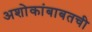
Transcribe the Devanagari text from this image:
अशोकांबाबतची